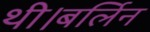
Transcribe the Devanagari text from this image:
थी।बर्लिन